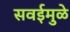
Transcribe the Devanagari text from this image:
सवईमुळे